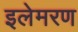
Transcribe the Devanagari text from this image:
इलेमरण